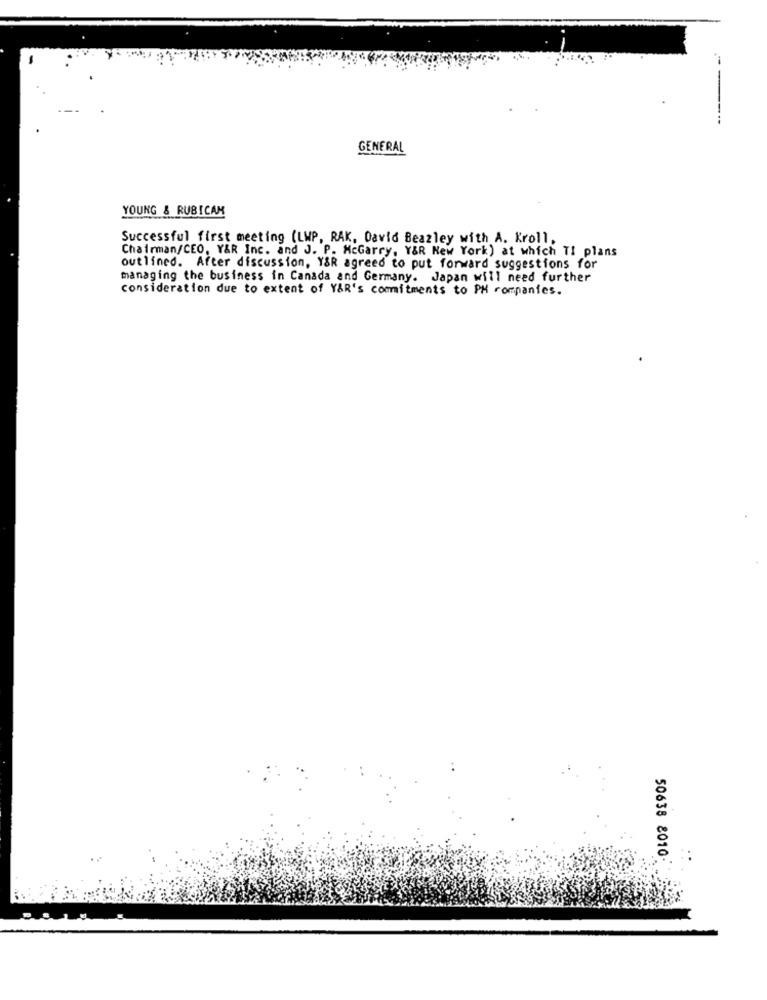
----
GENERAL
YOUNG & RUBICAM
Successful first meeting (LWP, RAK, David Beazley with A. Kroll,
Chairman/CEO, Y&R Inc. and J. P. McGarry, Y&R New York) at which TI plans
outlined. After discussion, Y&R agreed to put forward suggestions for
managing the business in Canada and Germany. Japan will need further
consideration due to extent of Y&R's commitments to PH companies.
50638 8010